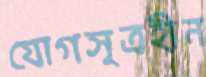
যোগসূত্রহীন